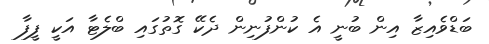
ބަޑްވެއިޒާ އިން ބުނީ އެ ކުންފުނިން ދެކޭ ގޮތުގައި ބްލެޓާ އަކީ ފީފާ